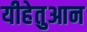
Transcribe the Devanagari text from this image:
यीहेतुआन